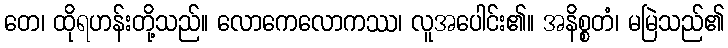
တေ၊ ထိုရဟန်းတို့သည်။ လောကေလောကဿ၊ လူအပေါင်း၏။ အနိစ္စတံ၊ မမြဲသည်၏